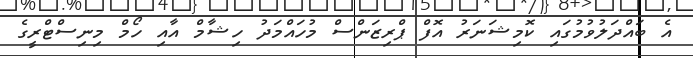
އެ ބައްދަލުވުމުގައި ކޮމިޝަނަރު އޮފް ޕްރިޒަންސް މުހައްމަދު ހިޝާމް އާއި ހޯމް މިނިސްޓްރީގެ